Second report of the anti-malarial operations at Mian Mir, 1901-1903 - Number 9
Year: 1901
Disease focus: Malaria
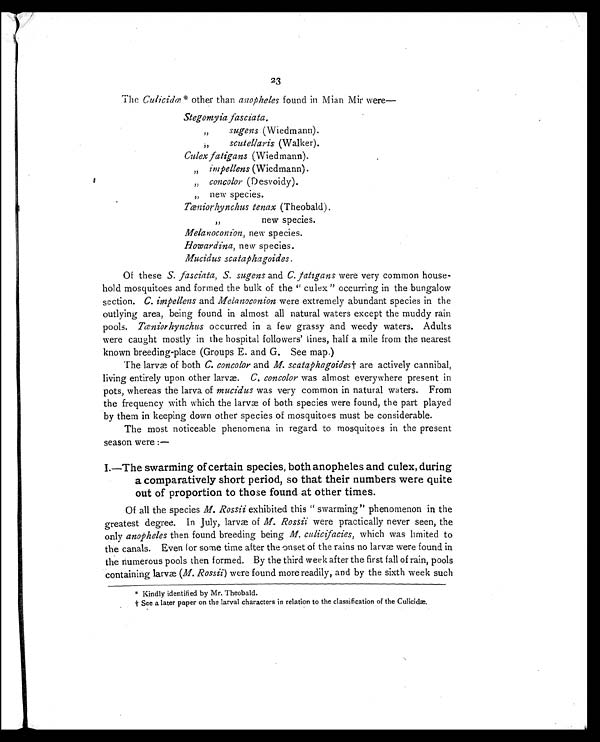
23
The Culicidæ * other than anopheles found in Mian Mir were
—
Stegomyia fasciata.
,,
sugens (Wiedmann).
,,
scutellaris (Walker).
Culex fatigans (Wiedmann).
„ impellens (Wiedmann).
„ concolor (Desvoidy).
,, new species.
Tæniorhynchus tenax (Theobald).
,,
new species.
Melanoconion, new species.
Howardina, new species.
Mucidus scataphagoides.
Of these S. fasciata, S. sugens and C. fatigans were very common house-
hold mosquitoes and formed the bulk of the " culex " occurring in the bungalow
section. C. impellens and Melanoconion were extremely abundant species in the
outlying area, being found in almost all natural waters except the muddy rain
pools. Tœniorhynchus occurred in a few grassy and weedy waters. Adults
were caught mostly in the hospital followers' lines, half a mile from the nearest
known breeding-place (Groups E. and G. See map.)
The larvæ of both C. concolor and M. scataphagoides† are actively cannibal,
living entirely upon other larvæ. C. concolor was almost everywhere present in
pots, whereas the larva of mucidus was very common in natural waters. From
the frequency with which the larvæ of both species were found, the part played
by them in keeping down other species of mosquitoes must be considerable.
The most noticeable phenomena in regard to mosquitoes in the present
season were :—
1.—The swarming of certain species, both anopheles and culex, during
a comparatively short period, so that their numbers were quite
out of proportion to those found at other times.
Of all the species M. Rossii exhibited this " swarming" phenomenon in the
greatest degree. In July, larvæ of M. Rossii were practically never seen, the
only anopheles then found breeding being M. culicifacies, which was limited to
the canals. Even f or some time after the onset of the rains no larvæ were found in
the numerous pools then formed. By the third week after the first fall of rain, pools
containing larvæ (M. Rossii) were found more readily, and by the sixth week such
* Kindly identified by Mr. Theobald.
† See a later paper on the larval characters in relation to the classification of the Culicidæ.